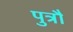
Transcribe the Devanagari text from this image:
पुत्रौ